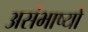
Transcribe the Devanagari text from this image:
असंभाष्यो